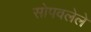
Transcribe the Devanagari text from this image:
सोपवलेले